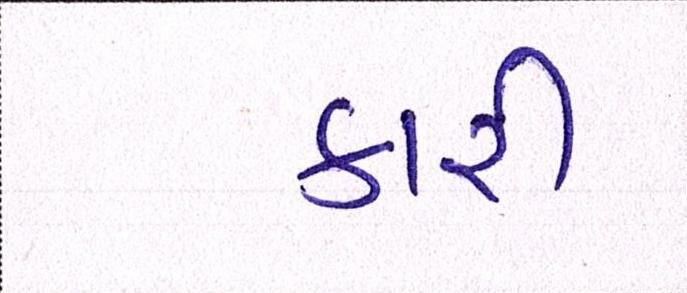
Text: કારી